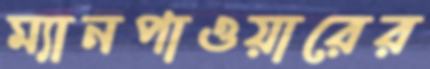
ম্যানপাওয়ারের